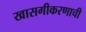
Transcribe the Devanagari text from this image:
खासगीकरणाची